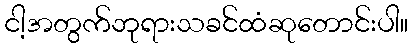
ငါ့အတွက်ဘုရားသခင်ထံဆုတောင်းပါ။